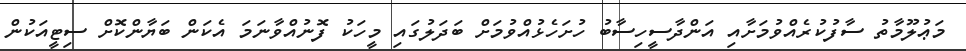
މަޢުލޫމާތު ސާފުކުރެއްވުމަށާއި އަންދާސީހިސާބު ހުށަހެޅުއްވުމަށް ބަދަލުގައި މީހަކު ފޮނުއްވާނަމަ އެކަން ބަޔާންކޮށް ސިޓީއަކުން